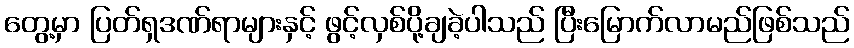
တွေ့မှာ ပြတ်ရှဒဏ်ရာများနှင့် ဖွင့်လှစ်ပို့ချခဲ့ပါသည် ပြီးမြောက်လာမည်ဖြစ်သည်